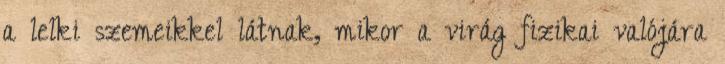
a lelki szemeikkel látnak, mikor a virág fizikai valójára